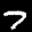
Label: 7